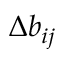
\Delta b _ { i j }